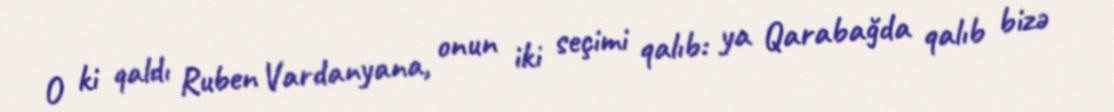
O ki qaldı Ruben Vardanyana, onun iki seçimi qalıb: ya Qarabağda qalıb bizə